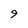
Character: 9